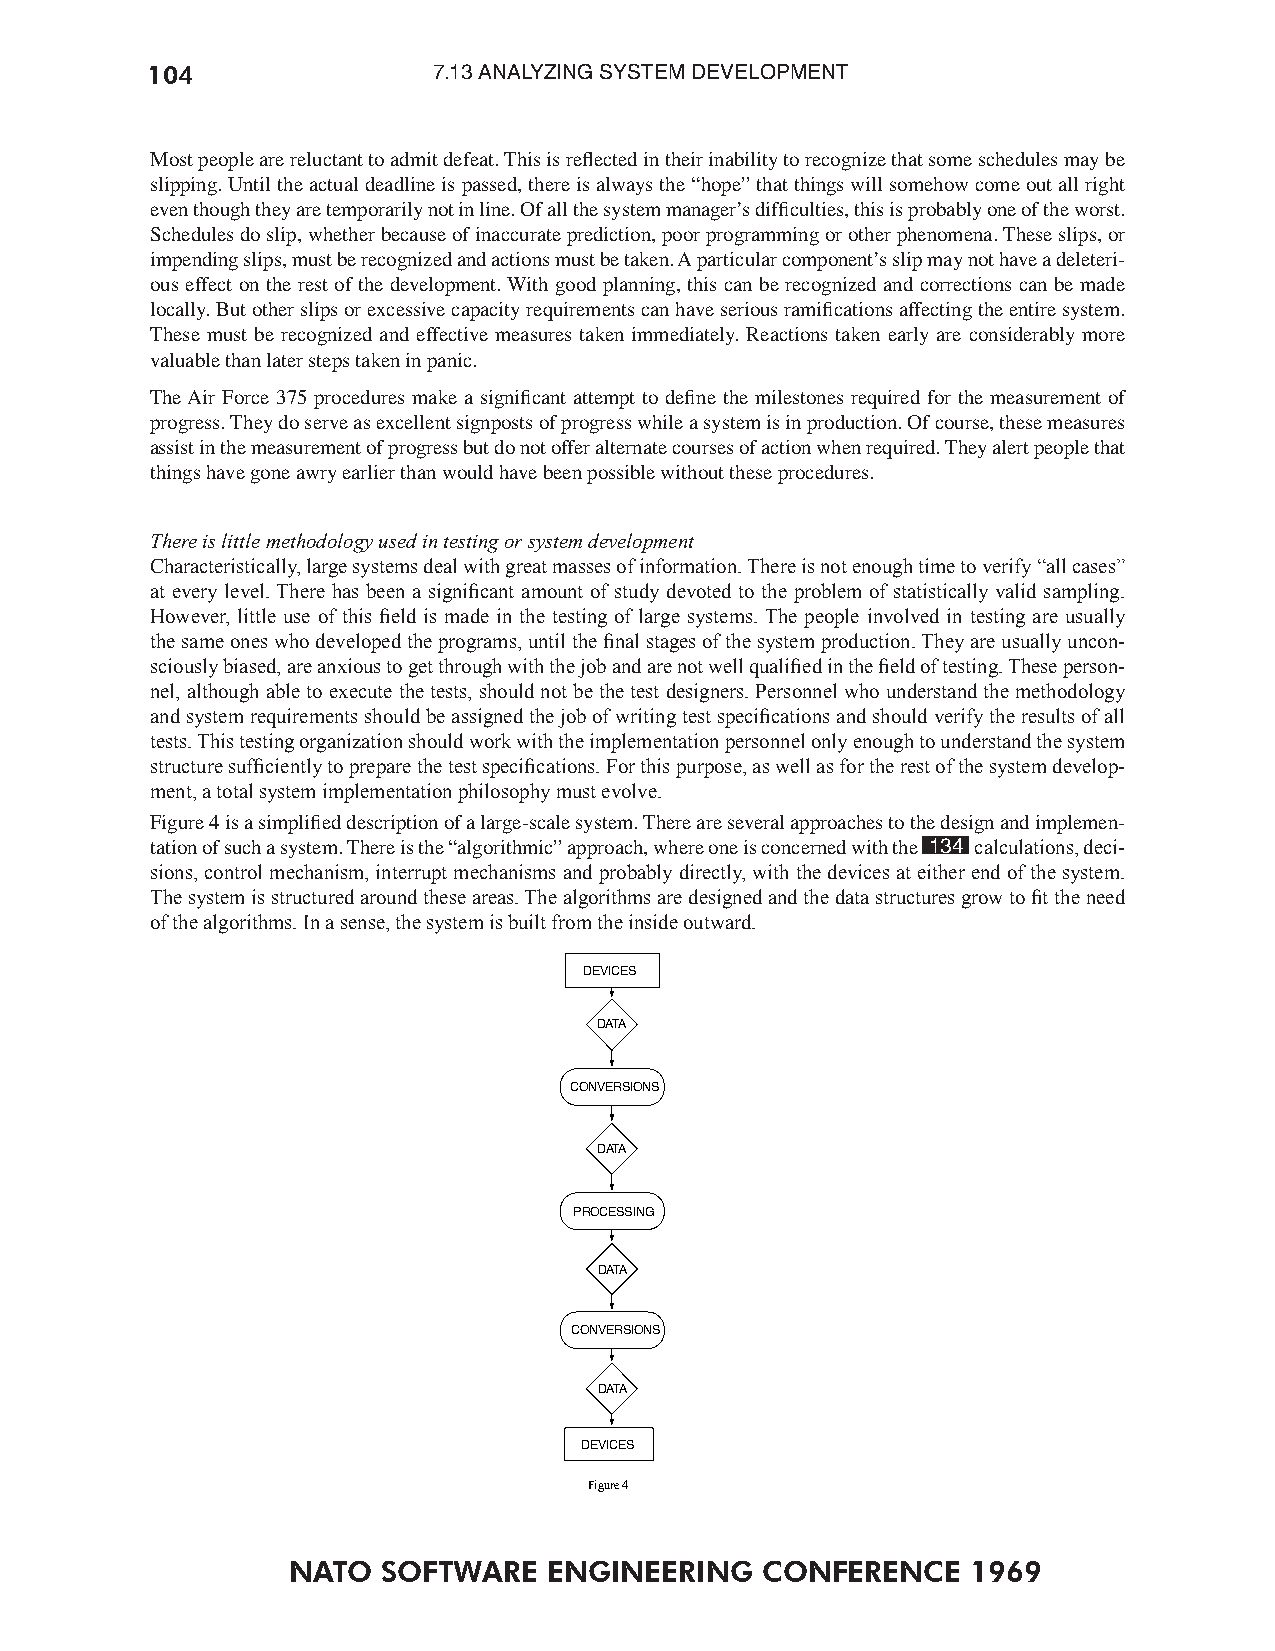
104                7.13 ANALYZING SYSTEM DEVELOPMENT
 Most people are reluctant to admit defeat. This is reflected in their inability to recognize that some schedules may be
 slipping. Until the actual deadline is passed, there is always the “hope” that things will somehow come out all right
 even though they are temporarily not in line. Of all the system manager’s difficulties, this is probably one of the worst.
 Schedules do slip, whether because of inaccurate prediction, poor programming or other phenomena. These slips, or
 impending slips, must be recognized and actions must be taken. A particular component’s slip may not have a deleteri-
 ous effect on the rest of the development. With good planning, this can be recognized and corrections can be made
 locally. But other slips or excessive capacity requirements can have serious ramifications affecting the entire system.
 These must be recognized and effective measures taken immediately. Reactions taken early are considerably more
 valuable than later steps taken in panic.
 The Air Force 375 procedures make a significant attempt to define the milestones required for the measurement of
 progress. They do serve as excellent signposts of progress while a system is in production. Of course, these measures
 assist in the measurement of progress but do not offer alternate courses of action when required. They alert people that
 things have gone awry earlier than would have been possible without these procedures.
 There is little methodology used in testing or system development
 Characteristically, large systems deal with great masses of information. There is not enough time to verify “all cases”
 at every level. There has been a signicant amount of study devoted to the problem of statistically valid sampling.
 However, little use of this eld is made in the testing of large systems. The people involved in testing are usually
 the same ones who developed the programs, until the nal stages of the system production. They are usually uncon-
 sciously biased, are anxious to get through with the job and are not well qualied in the eld of testing. These person-
 nel, although able to execute the tests, should not be the test designers. Personnel who understand the methodology
 and system requirements should be assigned the job of writing test specications and should verify the results of all
 tests. This testing organization should work with the implementation personnel only enough to understand the system
 structure sufciently to prepare the test specications. For this purpose, as well as for the rest of the system develop-
 ment, a total system implementation philosophy must evolve.
 Figure 4 is a simplified description of a large-scale system. There are several approaches to the design and implemen-
 tation of such a system. There is the “algorithmic” approach, where one is concerned with the 134 calculations, deci-
 sions, control mechanism, interrupt mechanisms and probably directly, with the devices at either end of the system.
 The system is structured around these areas. The algorithms are designed and the data structures grow to t the need
 of the algorithms. In a sense, the system is built from the inside outward.
 DEVICES
 DATA
 CONVERSIONS
 DATA
 PROCESSING
 DATA
 CONVERSIONS
 DATA
 DEVICES
 Figure 4
 NATO  SOFTWARE   ENGINEERING   CONFERENCE    1969